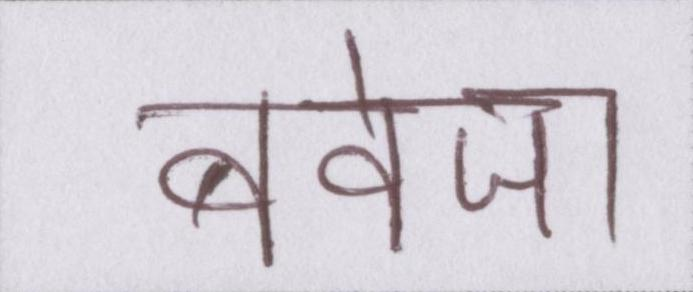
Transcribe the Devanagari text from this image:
बवेजा